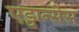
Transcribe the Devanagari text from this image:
एड्वान्सेस